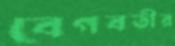
বেগবতীর